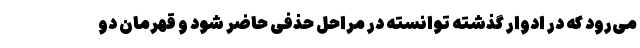
می‌رود که در ادوار گذشته توانسته در مراحل حذفی حاضر شود و قهرمان دو